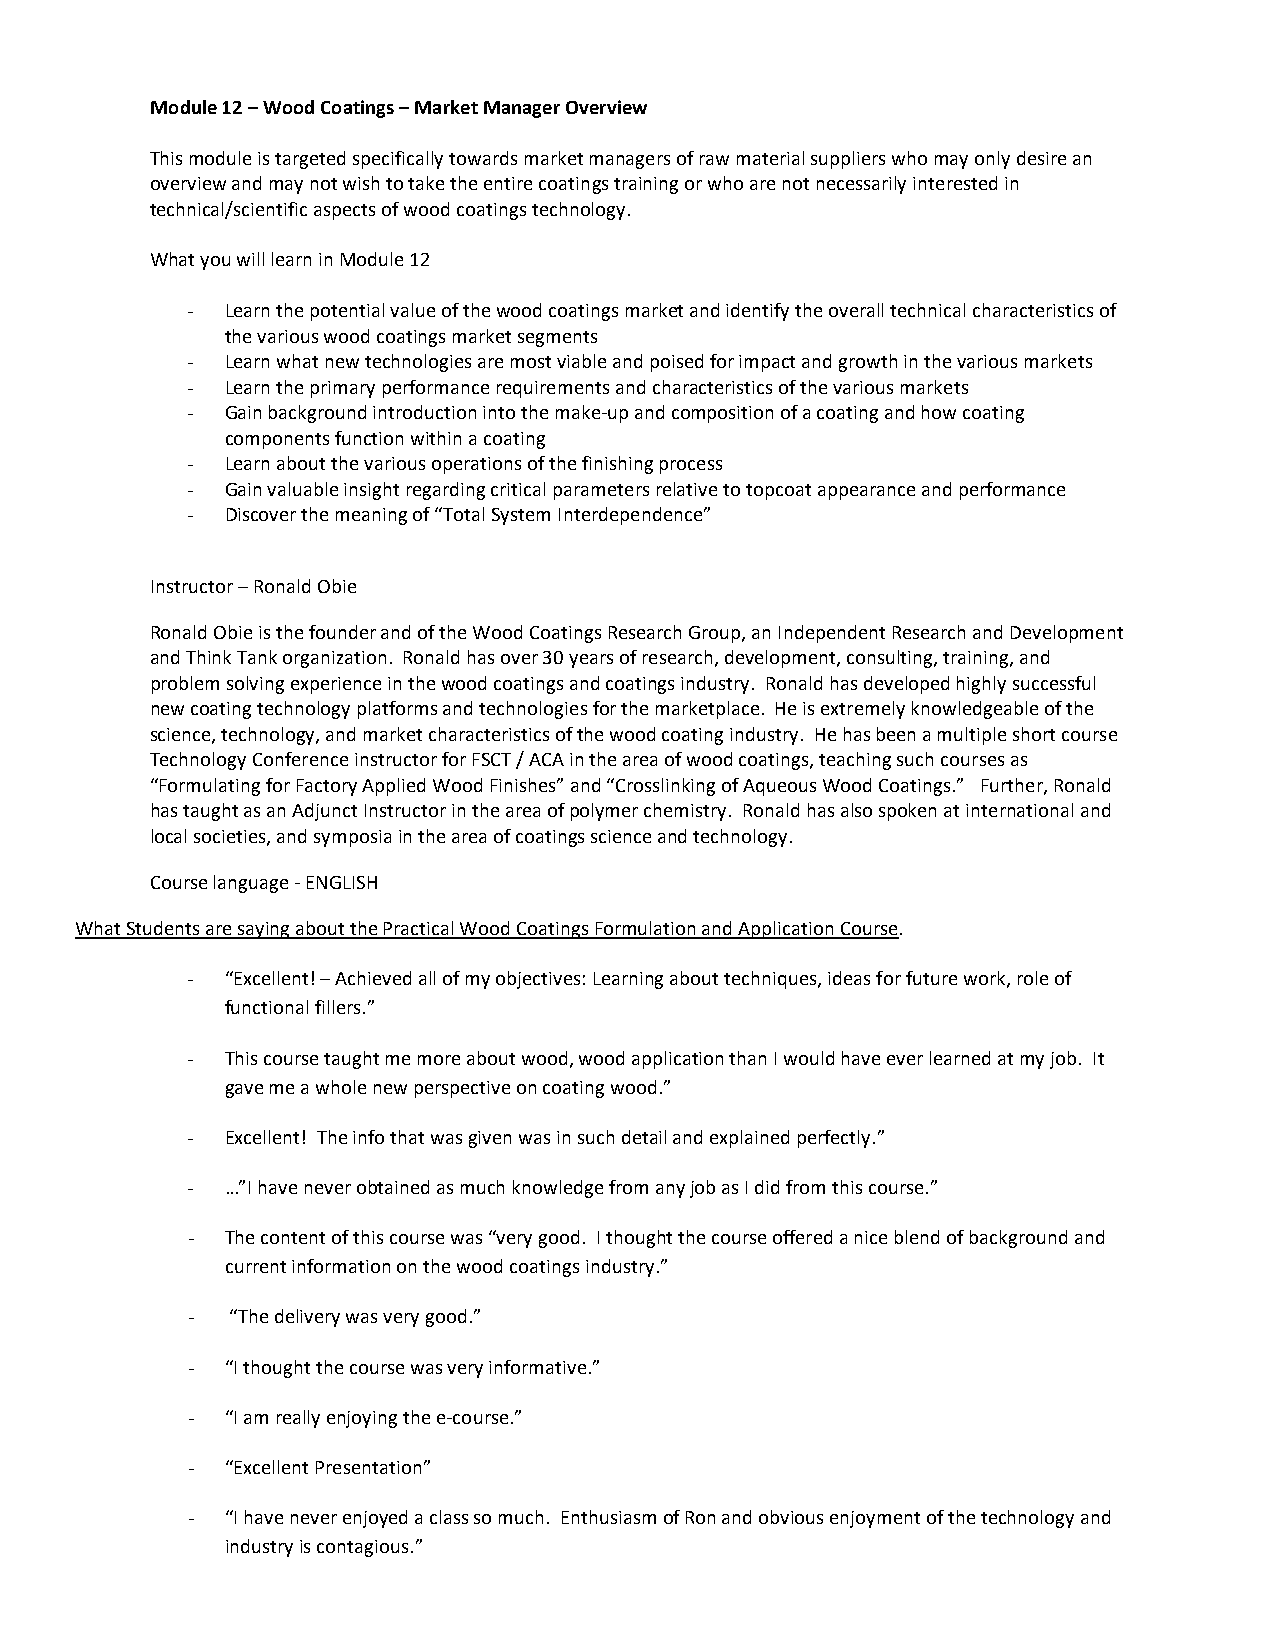
Module 12 – Wood Coatings – Market Manager Overview
 This module is targeted specifically towards market managers of raw material suppliers who may only desire an
 overview and may not wish to take the entire coatings training or who are not necessarily interested in
 technical/scientific aspects of wood coatings technology.
 What you will learn in Module 12
 -  Learn the potential value of the wood coatings market and identify the overall technical characteristics of
 the various wood coatings market segments
 -  Learn what new technologies are most viable and poised for impact and growth in the various markets
 -  Learn the primary performance requirements and characteristics of the various markets
 -  Gain background introduction into the make-up and composition of a coating and how coating
 components function within a coating
 -  Learn about the various operations of the finishing process
 -  Gain valuable insight regarding critical parameters relative to topcoat appearance and performance
 -  Discover the meaning of “Total System Interdependence”
 Instructor – Ronald Obie
 Ronald Obie is the founder and of the Wood Coatings Research Group, an Independent Research and Development
 and Think Tank organization. Ronald has over 30 years of research, development, consulting, training, and
 problem solving experience in the wood coatings and coatings industry. Ronald has developed highly successful
 new coating technology platforms and technologies for the marketplace. He is extremely knowledgeable of the
 science, technology, and market characteristics of the wood coating industry. He has been a multiple short course
 Technology Conference instructor for FSCT / ACA in the area of wood coatings, teaching such courses as
 “Formulating for Factory Applied Wood Finishes” and “Crosslinking of Aqueous Wood Coatings.” Further, Ronald
 has taught as an Adjunct Instructor in the area of polymer chemistry. Ronald has also spoken at international and
 local societies, and symposia in the area of coatings science and technology.
 Course language - ENGLISH
 What Students are saying about the Practical Wood Coatings Formulation and Application Course.
 -  “Excellent! – Achieved all of my objectives: Learning about techniques, ideas for future work, role of
 functional fillers.”
 -  This course taught me more about wood, wood application than I would have ever learned at my job. It
 gave me a whole new perspective on coating wood.”
 -  Excellent! The info that was given was in such detail and explained perfectly.”
 -  …”I have never obtained as much knowledge from any job as I did from this course.”
 -  The content of this course was “very good. I thought the course offered a nice blend of background and
 current information on the wood coatings industry.”
 -  “The delivery was very good.”
 -  “I thought the course was very informative.”
 -  “I am really enjoying the e-course.”
 -  “Excellent Presentation”
 -  “I have never enjoyed a class so much. Enthusiasm of Ron and obvious enjoyment of the technology and
 industry is contagious.”